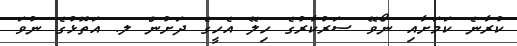
ކުރާނެ ކަމަށާއި ނޯވޭ ސަރުކާރުގެ ހިލޭ އެހީގެ ދަށުން ލ. އަތޮޅުގެ ނުވަ